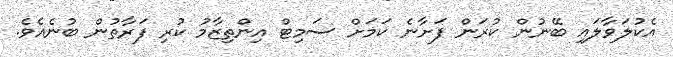
އެކުލަވާލައި ބޭނުން ކުރަން ފަށާނެ ކަމަށް ސަމިޓް އިންތިޒާމު ކުރި ފަރާތުން ބުނެއެވެ.